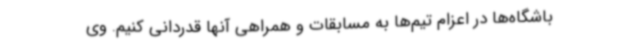
باشگاه‌ها در اعزام تیم‌ها به مسابقات و همراهی آنها قدردانی کنیم. وی